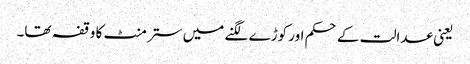
یعنی عدالت کے حکم اور کوڑے لگنے میں ستر منٹ کا وقفہ تھا۔